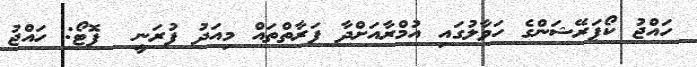
ހައްޖު ކޯޕަރޭޝަންގެ ހަވާލުގައި އުމްރާއަށްދާ ފަރާތްތައް މިއަދު ފުރަނީ  ފޮޓޯ: ހައްޖު